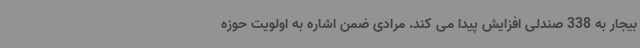
بیجار به 338 صندلی افزایش پیدا می کند. مرادی ضمن اشاره به اولویت حوزه